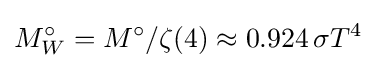
M_{W}^{\circ }=M^{\circ }/\zeta (4)\approx 0.924\,\sigma T^{4}\!